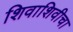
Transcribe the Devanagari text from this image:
शिवाशिवीचा